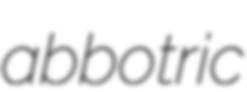
abbotric